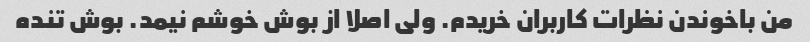
من باخوندن نظرات کاربران خریدم. ولی اصلا از بوش خوشم نیمد. بوش تنده